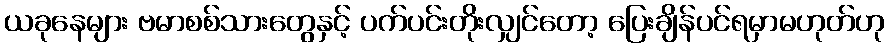
ယခုနေများ ဗမာစစ်သားတွေနှင့် ပက်ပင်းတိုးလျှင်တော့ ပြေးချိန်ပင်ရမှာမဟုတ်ဟု